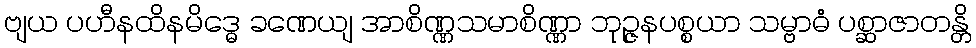
ဗျယ ပဟီနထိနမိဒ္ဓေ ခဏေယျ အာစိဏ္ဏသမာစိဏ္ဏာ ဘုဉ္ဇနပစ္စယာ သမ္ဗာဓံ ပစ္ဆာဇာတန္တိ